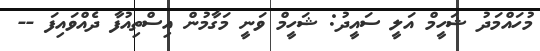
މުހައްމަދު ޝަހީމް އަލީ ސައީދު: ޝަހީމް ވަނީ މަގާމުން އިސްތިއުފާ ދެއްވައިފަ --